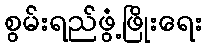
စွမ်းရည်ဖွံ့ဖြိုးရေး